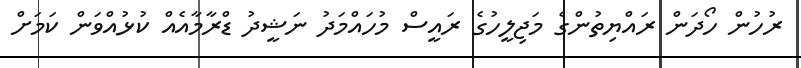
ރުހުން ހޯދަން ރައްޔިތުންގެ މަޖިލީހުގެ ރައީސް މުހައްމަދު ނަޝީދު ޑްރާމާއެއް ކުޅުއްވަން ކަމަށް